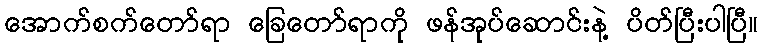
အောက်စက်တော်ရာ ခြေတော်ရာကို ဖန်အုပ်ဆောင်းနဲ့ ပိတ်ပြီးပါပြီ။